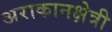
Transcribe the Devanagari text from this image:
अराकानक्षेत्री